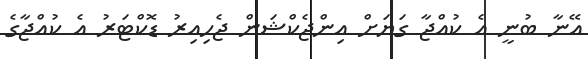
އޭނާ ބުނީ އެ ކުއްޖާ ގަޔަށް އިންޖެކްޝަން ޖެހިއިރު ޑޮކްޓަރު އެ ކުއްޖާގެ